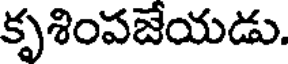
కృశింపజేయడు.